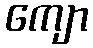
ကျော